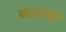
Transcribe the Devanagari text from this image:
फटकारतो